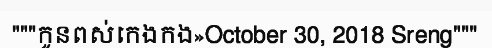
"""កូនពស់កេងកង»October 30, 2018 Sreng"""